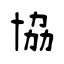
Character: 協